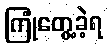
ကြုံတွေ့ခဲ့ရ